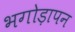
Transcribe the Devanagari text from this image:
भगोड़ापन